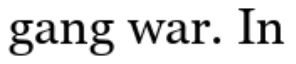
gang war. In